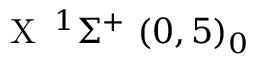
\textrm { X } \, ^ { 1 } \Sigma ^ { + } ~ ( 0 , 5 ) _ { 0 }